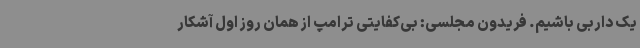
یک داربی باشیم. فریدون مجلسی: بی‌کفایتی ترامپ از همان روز اول آشکار